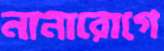
নানারোগে